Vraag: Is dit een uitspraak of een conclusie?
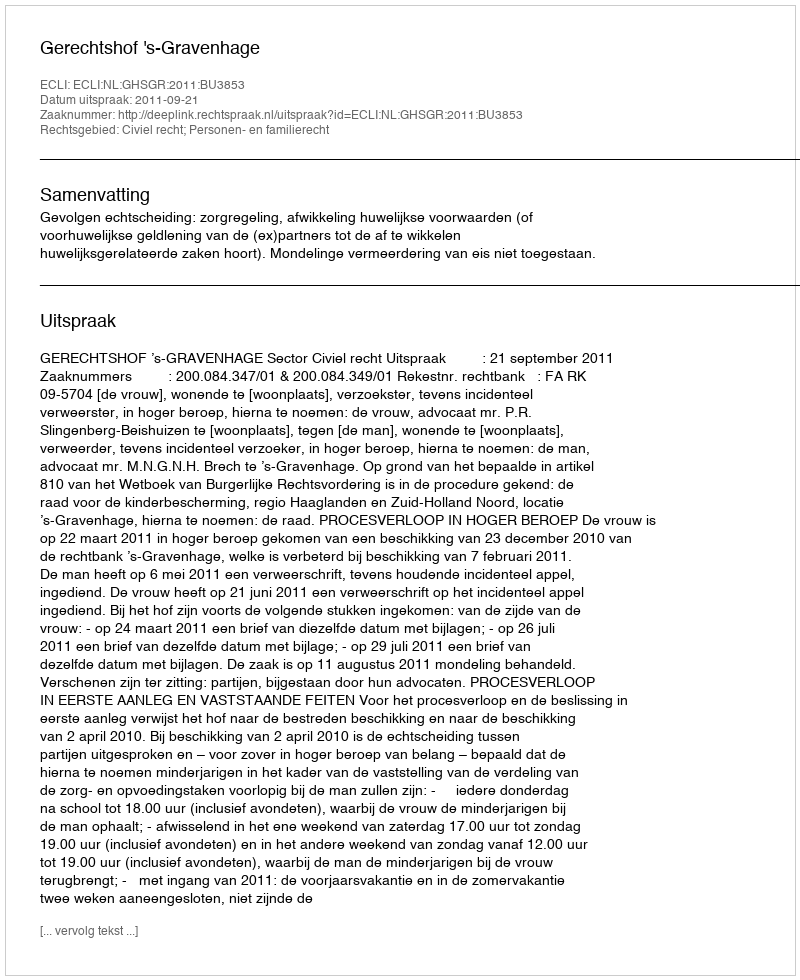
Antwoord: Uitspraak